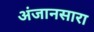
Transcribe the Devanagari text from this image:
अंजानसारा